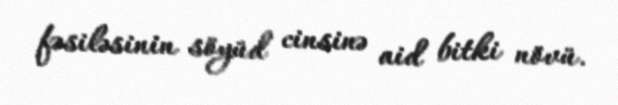
fəsiləsinin söyüd cinsinə aid bitki növü.